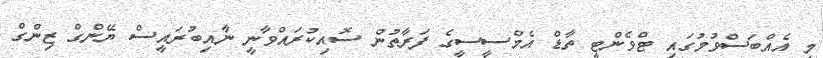
މި އެއްބަސްވުމުގައި ޓްވެންޓީ ތާޑް އެމްސީސީގެ ފަރާތުން ސޮއިކުރައްވާނީ ނާއިބުރައީސް ޔޭންގް ޒިންގް